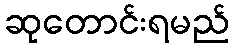
ဆုတောင်းရမည်